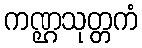
ကဏ္ဌသုတ္တကံ